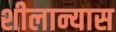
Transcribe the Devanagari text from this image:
शीलान्यास